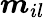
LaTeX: \boldsymbol{m}_{il}